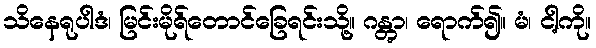
သိနေရုပါဒံ၊ မြင်းမိုရ်တောင်ခြေရင်းသို့။ ဂန္တွာ၊ ရောက်၍။ မံ၊ ငါ့ကို။